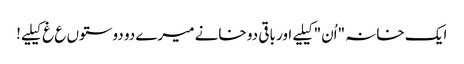
ایک خانہ "اُن" کیلیے اور باقی دو خانے میرے دو دوستوں ع غ کیلیے!